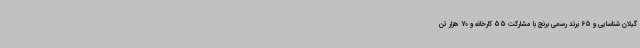
گیلان شناسایی و 65 برند رسمی برنج با مشارکت 55 کارخانه و 70 هزار تن